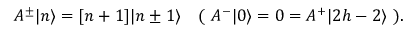
A ^ { \pm } \vert n \rangle = [ n + 1 ] \vert n \pm 1 \rangle \ \ \ ( \ A ^ { - } \vert 0 \rangle = 0 = A ^ { + } \vert 2 h - 2 \rangle \ ) .